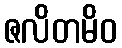
ဇလိတမိဝ